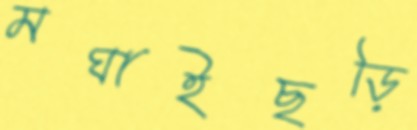
মঘাইছড়ি